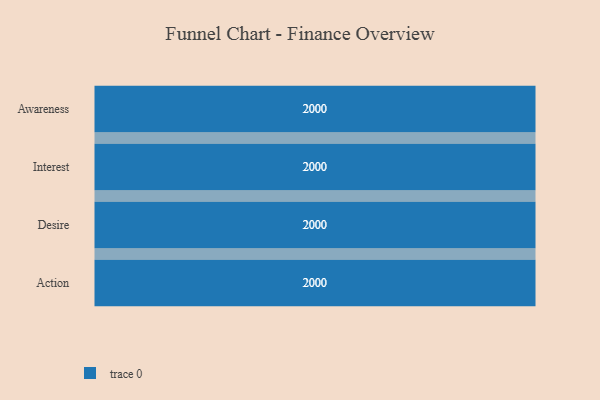
{"axis": {"x": "Stage", "y": "Value"}, "legend": [""], "data": [{"x": "Awareness", "y": 2000, "type": ""}, {"x": "Interest", "y": 2000, "type": ""}, {"x": "Desire", "y": 2000, "type": ""}, {"x": "Action", "y": 2000, "type": ""}]}